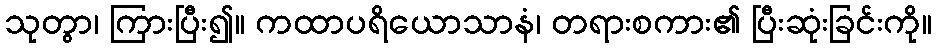
သုတွာ၊ ကြားပြီး၍။ ကထာပရိယောသာနံ၊ တရားစကား၏ ပြီးဆုံးခြင်းကို။